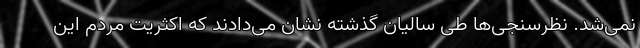
نمی‌شد. نظرسنجی‌ها طی سالیان گذشته نشان می‌دادند که اکثریت مردم این